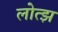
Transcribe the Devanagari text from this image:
लोत्झ